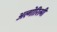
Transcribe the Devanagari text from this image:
अल्गोरित्मी